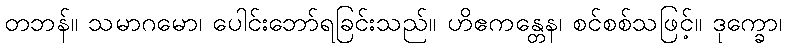
တဘန်။ သမာဂမော၊ ပေါင်းဘော်ရခြင်းသည်။ ဟိဧကန္တေန၊ စင်စစ်သဖြင့်။ ဒုက္ခော၊